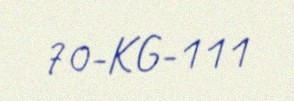
70-KG-111